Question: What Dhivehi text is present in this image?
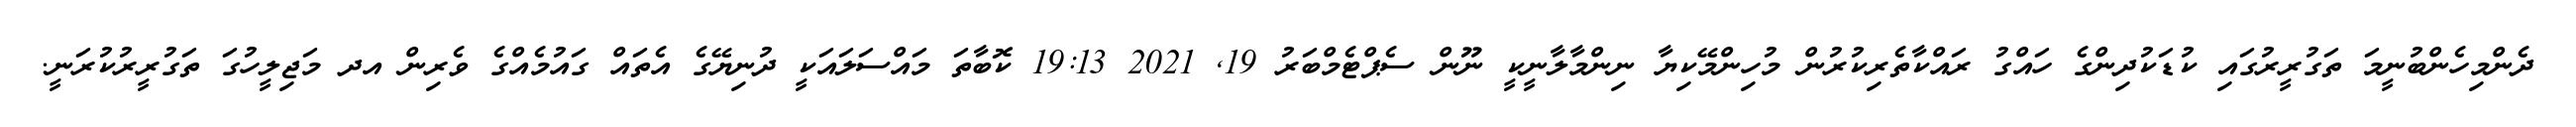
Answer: ދެންމިހެންބުނީމަ ތަގުރީރުގައި ކުޑަކުދިންގެ ހައްގު ރައްކާތެރިކުރުން މުހިންމޭކިޔާ ނިންމާލާނީކީ ނޫން ސެޕްޓެމްބަރު 19, 2021 19:13 ކޮބާތަ މައްސަލައަކީ ދުނިޔޭގެ އެތައް ގައުމެއްގެ ވެރިން އދ މަޖިލީހުގަ ތަގުރީރުކުރަނީ.